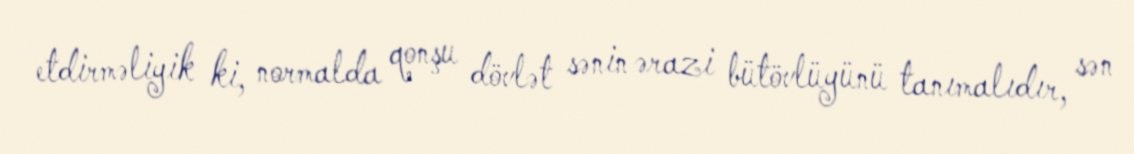
etdirməliyik ki, normalda qonşu dövlət sənin ərazi bütövlüyünü tanımalıdır, sən